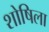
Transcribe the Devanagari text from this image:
शोषिला